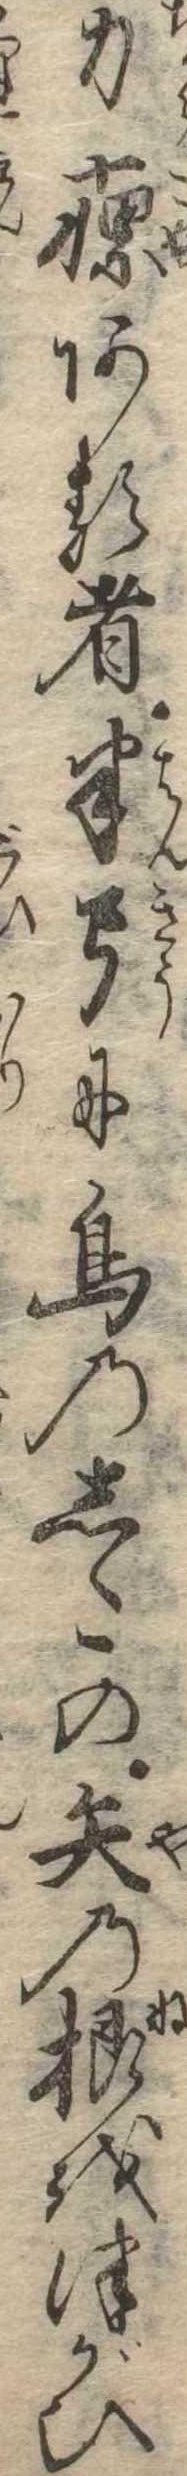
力瘰ある者半弓に鳥のしたの矢の根をつがひ